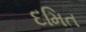
દમિત